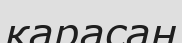
қарасан